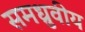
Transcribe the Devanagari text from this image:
समध्रुवीय